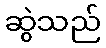
ဆွဲသည်